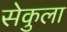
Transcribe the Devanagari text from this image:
सेकुला